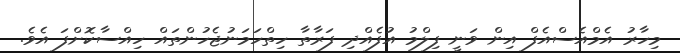
މިހާރު އެމްއެސްއެފް އިން ވަނީ ފިލްމު އުފެއްދި ފަރާތާ ހިތްހަމަނުޖެހުންތައް ހިއްސާކޮށްފަ އެވެ.